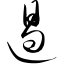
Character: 遏